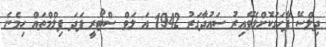
ދިލްސޭ ފާހަގަކޮށްލެވޭއިރު ސައުދާގަރު 1942 އަ ލަވް ސްޓޯރީ ފަދަ ފިލްމްތައް ހިމެނެ